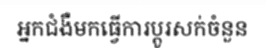
អ្នកជំងឺមកធ្វើការប្តូរសក់ចំនួន